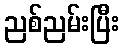
ညစ်ညမ်းပြီး